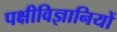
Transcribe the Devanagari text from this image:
पक्षीविज्ञानियों